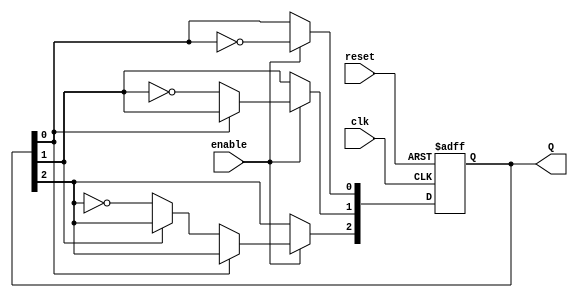
module ripple_counter (
    input wire clk,           // Clock input
    input wire reset,         // Asynchronous reset
    input wire enable,        // Enable signal for counting
    output reg [2:0] Q        // 3-bit output
);

// T Flip-Flop behavior
always @(posedge clk or posedge reset) begin
    if (reset) begin
        Q <= 3'b000;          // Reset the counter to 0
    end else if (enable) begin
        Q[0] <= ~Q[0];        // Toggle the least significant bit
        if (Q[0] == 1'b0) begin
            Q[1] <= ~Q[1];    // Toggle the second bit if lower bit goes from 1 to 0
            if (Q[1] == 1'b0) begin
                Q[2] <= ~Q[2]; // Toggle the most significant bit if second bit goes from 1 to 0
            end
        end
    end
end

endmodule